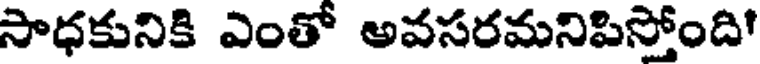
సాధకునికి ఎంతో అవసరమనిపిస్తోంది'